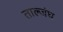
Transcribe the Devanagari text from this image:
ताल्जंघ